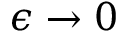
\epsilon \rightarrow 0